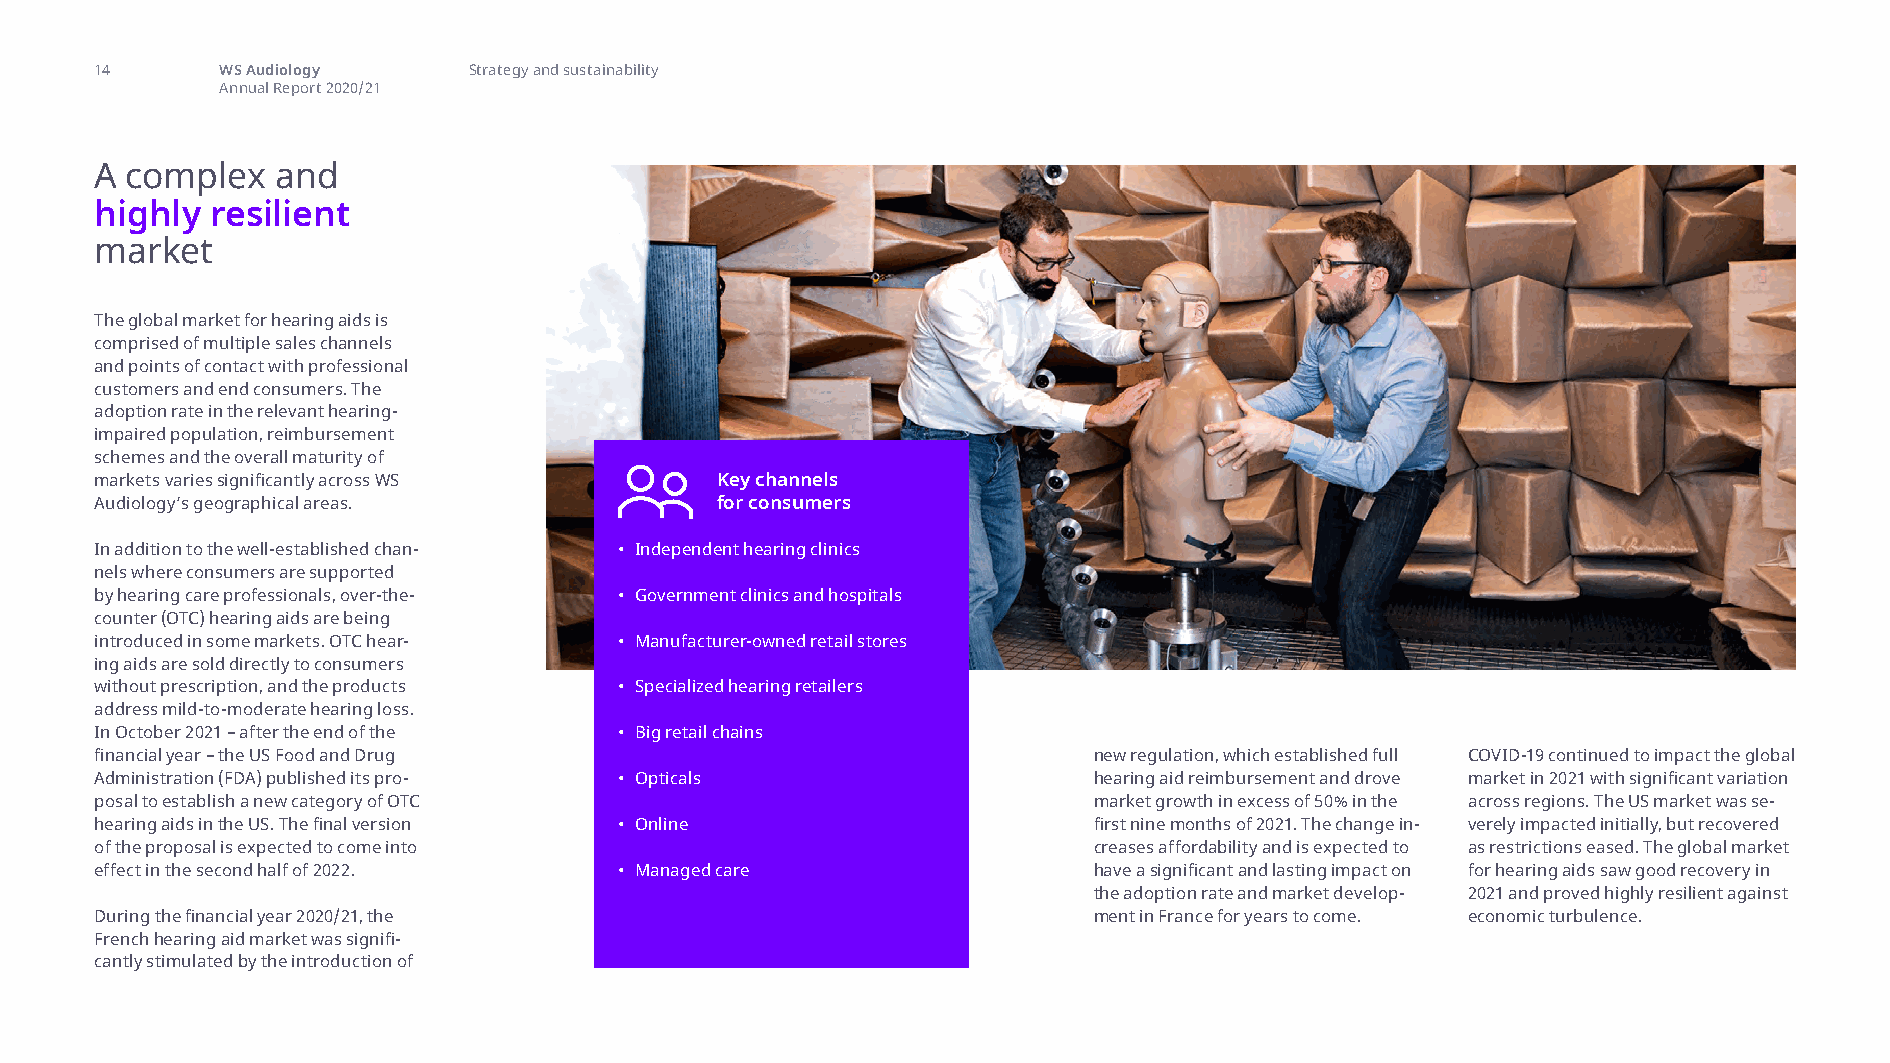
14       WS Audiology    Strategy and sustainability
 Annual Report 2020/21
 A complex   and
 highly  resilient
 market
 The global market for hearing aids is
 comprised of multiple sales channels
 and points of contact with professional
 customers and end consumers. The
 adoption rate in the relevant hearing-
 impaired population, reimbursement
 schemes and the overall maturity of
 markets varies significantly across WS   Key channels
 Audiology’s geographical areas.          for consumers
 In addition to the well-established chan- • Independent hearing clinics
 nels where consumers are supported
 by hearing care professionals, over-the- • Government clinics and hospitals
 counter (OTC) hearing aids are being
 introduced in some markets. OTC hear- • Manufacturer-owned retail stores
 ing aids are sold directly to consumers
 without prescription, and the products • Specialized hearing retailers
 address mild-to-moderate hearing loss.
 In October 2021 – after the end of the • Big retail chains
 financial year – the US Food and Drug                             new regulation, which established full COVID-19 continued to impact the global
 Administration (FDA) published its pro- • Opticals                hearing aid reimbursement and drove market in 2021 with significant variation
 posal to establish a new category of OTC                          market growth in excess of 50% in the across regions. The US market was se-
 hearing aids in the US. The final version • Online                first nine months of 2021. The change in- verely impacted initially, but recovered
 of the proposal is expected to come into                          creases affordability and is expected to as restrictions eased. The global market
 effect in the second half of 2022. • Managed care                 have a significant and lasting impact on for hearing aids saw good recovery in
 the adoption rate and market develop- 2021 and proved highly resilient against
 During the financial year 2020/21, the                            ment in France for years to come. economic turbulence.
 French hearing aid market was signifi-
 cantly stimulated by the introduction of